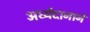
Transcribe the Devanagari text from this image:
अर्घ्यदानाने